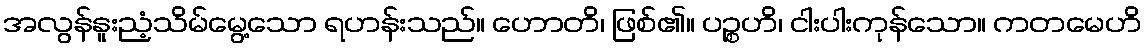
အလွန်နူးညံ့သိမ်မွေ့သော ရဟန်းသည်။ ဟောတိ၊ ဖြစ်၏။ ပဉ္စဟိ၊ ငါးပါးကုန်သော။ ကတမေဟိ